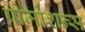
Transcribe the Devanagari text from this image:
प्रोमोशन्स